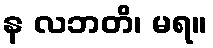
န လဘတိ၊ မရ။